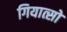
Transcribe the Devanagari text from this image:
गियात्सो